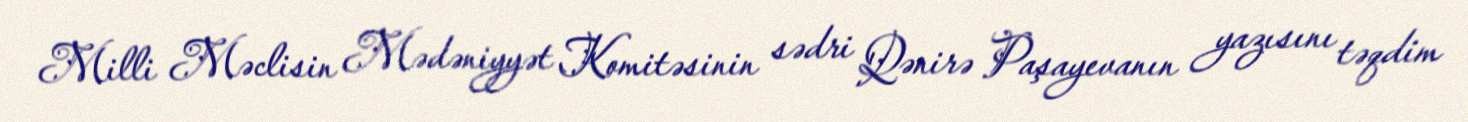
Milli Məclisin Mədəniyyət Komitəsinin sədri Qənirə Paşayevanın yazısını təqdim